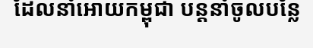
ដែលនាំអោយកម្ពុជា បន្តនាំចូលបន្លែ